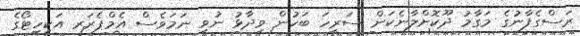
ރަސްގެފާނުގެ މަގާމު ދޫކޮށްލާނެކަން ސަރީހަ ބަހުން ވިދާޅު ނުވި ނަމަވެސް އެމްޕެރަރ އަކިހިޓޯގެ